Report on vaccination in the Province of Bengal - 1874-1889
Year: 1874
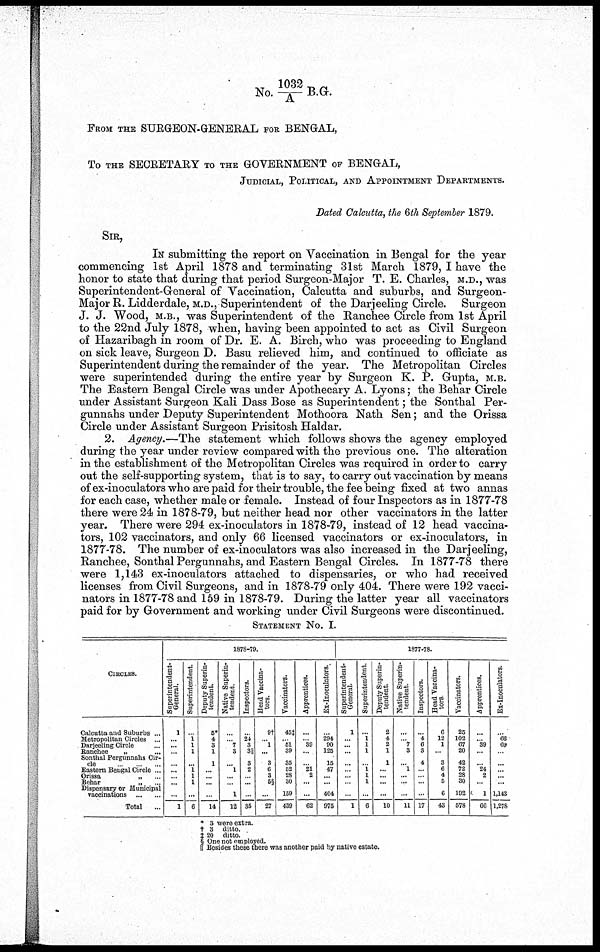
No.1032/A B.G.
FROM THE SURGEON-GENERAL FOR BENGAL,
To THE SECRETARY TO THE GOVERNMENT OF BENGAL,
JUDICIAL, POLITICAL, AND APPOINTMENT DEPARTMENTS.
Dated Calcutta, the 6th September 1879.
SIR,
IN submitting the report on Vaccination in Bengal for the year
commencing 1st April 1878 and terminating 31st March 1879, I have the
honor to state that during that period Surgeon-Major T. E. Charles, M.D., was
Superintendent-General of Vaccination, Calcutta and suburbs, and Surgeon-
Major R. Lidderdale, M.D., Superintendent of the Darjeeling Circle. Surgeon
J. J. Wood, M.B., was Superintendent of the Ranchee Circle from 1st April
to the 22nd July 1878, when, having been appointed to act as Civil Surgeon
of Hazaribagh in room of Dr. E. A. Birch, who was proceeding to England
on sick leave, Surgeon D. Basu relieved him, and continued to officiate as
Superintendent during the remainder of the year. The Metropolitan Circles
were superintended during the entire year by Surgeon K. P. Gupta, M.B.
The Eastern Bengal Circle was under Apothecary A. Lyons; the Behar Circle
under Assistant Surgeon Kali Dass Bose as Superintendent; the Sonthal Per-
gunnahs under Deputy Superintendent Mothoora Nath Sen; and the Orissa
Circle under Assistant Surgeon Prisitosh Haldar.
2. Agency.—The statement which follows shows the agency employed
during the year under review compared with the previous one. The alteration
in the establishment of the Metropolitan Circles was required in order to carry
out the self-supporting system, that is to say, to carry out vaccination by means
of ex-inoculators who are paid for their trouble, the fee being fixed at two annas
for each case, whether male or female. Instead of four Inspectors as in 1877-78
there were 24 in 1878-79, but neither head nor other vaccinators in the latter
year. There were 294 ex-inoculators in 1878-79, instead of 12 head vaccina-
tors, 102 vaccinators, and only 66 licensed vaccinators or ex-inoculators, in
1877-78. The number of ex-inoculators was also increased in the Darjeeling,
Ranchee, Sonthal Pergunnahs, and Eastern Bengal Circles. In 1877-78 there
were 1,143 ex-inoculators attached to dispensaries, or who had received
licenses from Civil Surgeons, and in 1878-79 only 404. There were 192 vacci-
nators in 1877-78 and 159 in 1878-79. During the latter year all vaccinators
paid for by Government and working under Civil Surgeons were discontinued.
STATEMENT NO. I.
CIRCLES.
Calcutta and Suburbs ...
Metropolitan Circles ...
Darjeeling Circle ...
Ranchee
„ ...
Sonthal Pergunnahs Cir-
cle
Eastern Bengal Circle ...
Orissa „ ... ...
Behar
„ ...
Dispensary or Municipal
vaccinations ... ...
Total ...
1878-79.
Superintendent-
General.
1
...
...
...
...
...
... ...
...
1
Superintendent.
...
1
1
1
...
1
1
1
...
6
Deputy Superin-
tendent.
5*
4
3
1
1
...
... ...
...
14
Native Superin-
tendent.
...
...
7
3
...
1
...
...
1
12
Inspectors.
...
24
3
3||
3
2
...
...
...
35
Head Vaccina-
tors.
9†
...
1
...
3
6
3
5§
...
27
Vaccinators.
45‡
... 51
39
35
52
28
30
159
439
Apprentices.
...
...
39
...
...
21
2
...
...
62
Ex-Inoculators.
...
294
90
125
15
47
... ...
404
975
1877-78.
Superintendent-
General.
1
...
...
...
...
...
...
...
...
1
Superintendent.
...
1
1
1
...
1
1
1
...
6
Deputy Superin-
tendent.
2
4
2
1
1
...
... ...
...
10
Native Superin-
tendent.
...
... 7
3
...
1
... ...
...
11
Inspectors.
...
4
6
3
4
...
...
...
...
17
Head Vaccina-
tors.
6
12
1
...
3
6
4
5
6
43
Vaccinators.
25
102
67
20
42
72
28
30
192
578
Apprentices.
...
... 39
...
...
24
2
...
1
66
Ex-Inoculators.
...
66
69
...
...
...
... ...
1,143
1,278
* 3 were extra.
† 3 ditto.
‡ 20 ditto.
§ One not employed.
|| Besides these there was another paid by native estate.